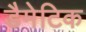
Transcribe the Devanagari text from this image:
डैमेटिक